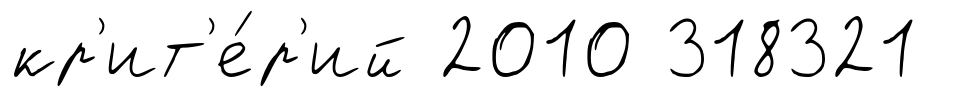
кр'ит'е́р'ий 2010 318321